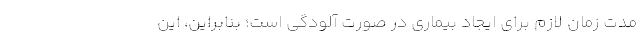
مدت زمان لازم برای ایجاد بیماری در صورت آلودگی است؛ بنابراین، این